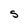
Character: S